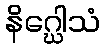
နိဂ္ဃေါသံ